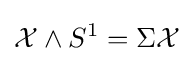
{\mathcal {X}}\wedge S^{1}=\Sigma {\mathcal {X}}